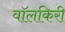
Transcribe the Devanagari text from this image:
वॉलकिरी